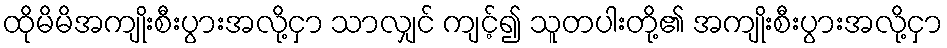
ထိုမိမိအကျိုးစီးပွားအလို့ငှာ သာလျှင် ကျင့်၍ သူတပါးတို့၏ အကျိုးစီးပွားအလို့ငှာ